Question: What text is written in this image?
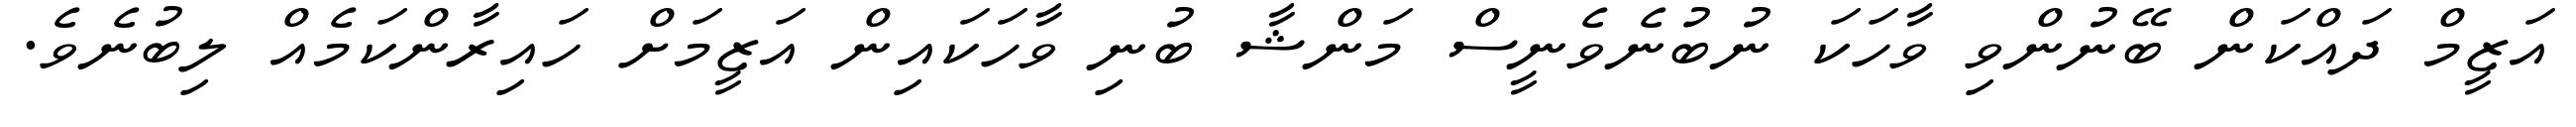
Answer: އަޒީމް ދައްކަން ބޭނުންވި ވާހަކަ ނުބުނެވެނީސް މަންޝާ ބުނި ވާހަކައިން އަޒީމަށް ހައިރާންކަމެއް ލިބުނެވެ.